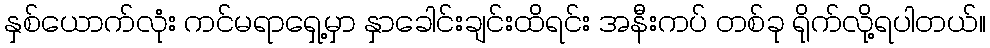
နှစ်ယောက်လုံး ကင်မရာရှေ့မှာ နှာခေါင်းချင်းထိရင်း အနီးကပ် တစ်ခု ရိုက်လို့ရပါတယ်။